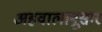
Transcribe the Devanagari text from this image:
अहवालानूसार